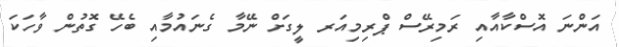
އަންނަ އޮސްކާއާއި ރަމިރޭސް ޕްރިމިއަރ ލީގަށް ނޭމާ ގެނައުމާއި ބެހޭ ގޮތުން ވާހަކަ